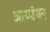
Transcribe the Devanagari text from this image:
अाय्यंगर